Problem: 3 × 6 = ?
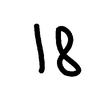
Handwritten answer: 18